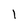
Character: 1